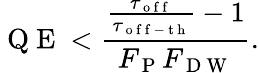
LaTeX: \mathrm{~Q~E~}<\frac{\frac{\tau_{\mathrm{~o~f~f~}}}{\tau_{\mathrm{~o~f~f~-~t~h~}}}-1}{F_{\mathrm{~P~}}F_{\mathrm{~D~W~}}}.